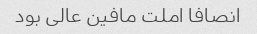
انصافا املت مافین عالی بود